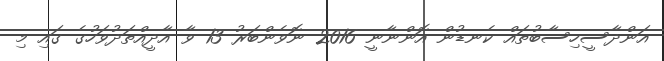
އަންދާސީހިސާބުތައް ކެނޑުން އޮންނާނީ 2016 ނޮވެންބަރު 13 ވާ އާދީއްތަދުވަހުގެ ގައި މި